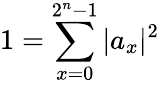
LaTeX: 1=\sum_{x=0}^{2^{n}-1}|a_{x}|^{2}